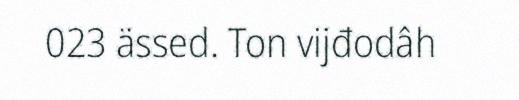
023 ässed. Ton vijđodâh